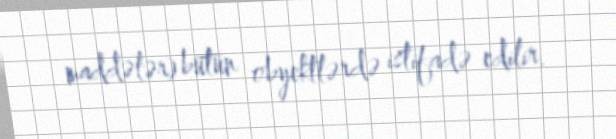
maddələr) bütün obyektlərdə istifadə edilir.